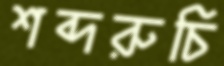
শব্দরুচি